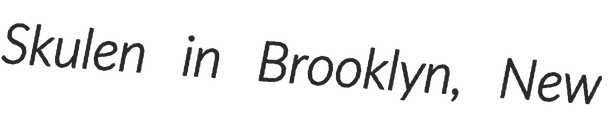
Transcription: Skulen in Brooklyn, New